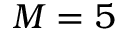
M = 5